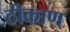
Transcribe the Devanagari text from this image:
ठीकाण